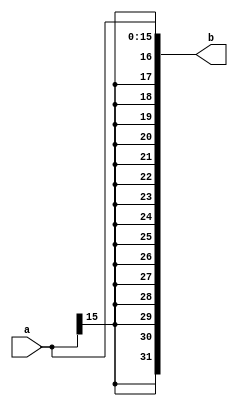
`timescale 1ns / 1ps
//////////////////////////////////////////////////////////////////////////////////
// Company: 
// Engineer: 
// 
// Design Name: 
// Module Name: s_ext16
// Project Name: 
// Target Devices: 
// Tool Versions: 
// Description: 
// 
// Dependencies: 
// 
// Revision:
// Revision 0.01 - File Created
// Additional Comments:
// 
//////////////////////////////////////////////////////////////////////////////////


module s_ext16(input [15:0] a,output [31:0] b);
assign b = {{16{a[15]}},a};//1632
endmodule